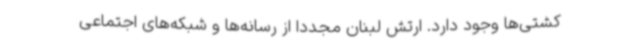
کشتی‌ها وجود دارد. ارتش لبنان مجدداً از رسانه‌ها و شبکه‌های اجتماعی